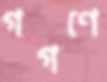
গগণে